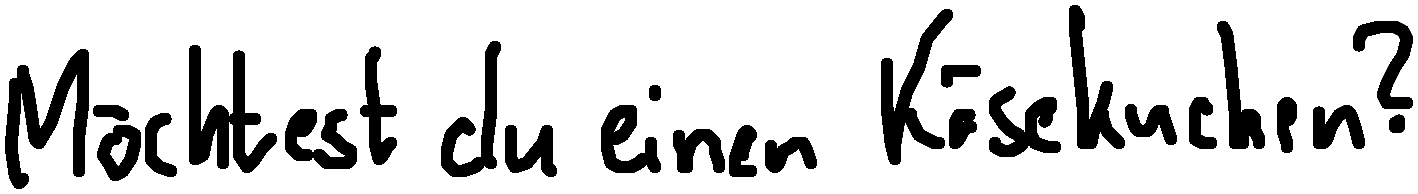
Möchtest du einen Käsekuchen?